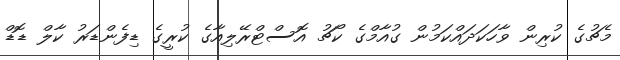
މެޗުގެ ކުރިން ވާހަކަދައްކަމުން ގުއާމްގެ ކޯޗު އޮސްޓްރޭލިއާގެ ކުރީގެ ޑިފެންޑަރު ކާލް ޑޮޑް